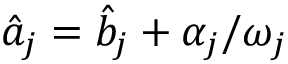
\hat { a } _ { j } = \hat { b } _ { j } + \alpha _ { j } / \omega _ { j }